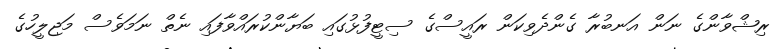
ރިޝްވާންގެ ނަން އަނބުރާ ގެންދެވިކަން ރައީސްގެ ސިޓީފުޅުގައި ބަޔާންކުރައްވާފައި ނެތް ނަމަވެސް މަޖިލީހުގެ